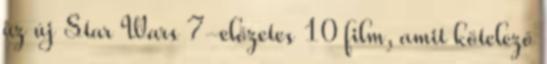
az új Star Wars 7-előzetes 10 film, amit kötelező